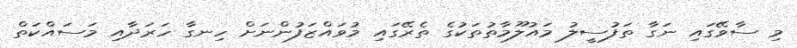
މި ސާވޭގައި ނަގާ ތަފުސީލު މައުލޫމާތުތަކުގެ ތެރޭގައި މުވައްޒަފުންނަށް ހިނގާ ހަރަދާއި މަސައްކަތް